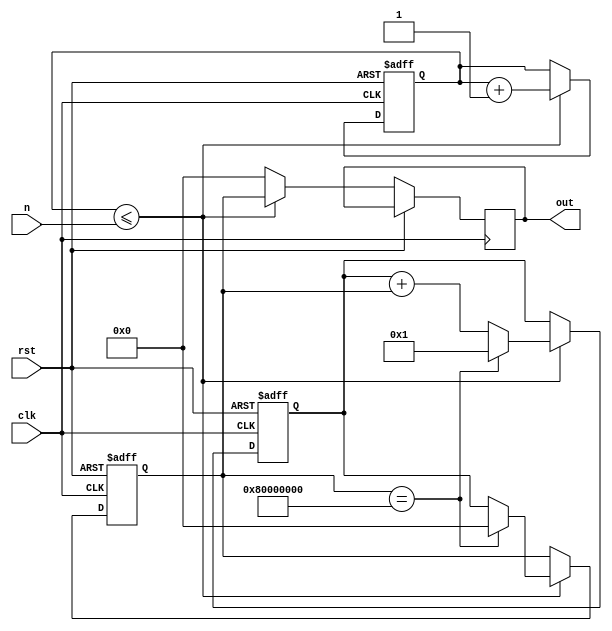
module fib_seq_calc (
  input  clk,
  input  rst,
  input  [5:0] n,          // Input for the desired Fibonacci sequence number (6 bits)
  output wire [31:0] out
);

  // Registers to store the current and previous values of the Fibonacci counter
  reg [31:0] RegA, RegB ;
  reg [5:0] counter;      // Counter to keep track of Fibonacci sequence number
  reg [31:0] par_out;

  always @(posedge clk or posedge rst) begin
    if (rst) begin
      RegA <= 32'h1;     // Start RegA with the second value of the Fibonacci series - '1'
      RegB <= 32'h0;     // Start RegB with the first value of the Fibonacci series - '0'
      counter <= 6'b0;   // Reset the counter to zero
     end
    else begin
      if (counter <= n) begin
        RegA <= (RegB == 32'h80000000) ? 32'h1 : (RegA + RegB); // if RegB == 2^31, reset RegA
        RegB <= (RegB == 32'h80000000) ? 32'h0 : RegA;           // if RegB == 2^31, reset RegB
        par_out <=  RegB ; // RegB output stored as par_out
       	counter <= counter + 1; // Increment the counter
        end
      else
	par_out = 32'h0;      // 32'h0 output stored as par_out
    end
  end

  assign out = par_out;

endmodule